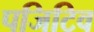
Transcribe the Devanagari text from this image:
पजिटिव